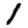
Digit: 1